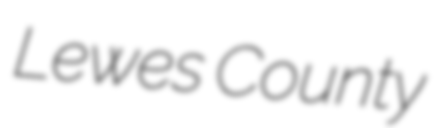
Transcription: Lewes County